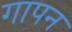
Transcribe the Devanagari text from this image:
गापन